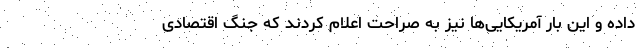
داده و این بار آمریکایی‌ها نیز به صراحت اعلام کردند که جنگ اقتصادی